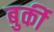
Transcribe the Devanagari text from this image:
बुर्की